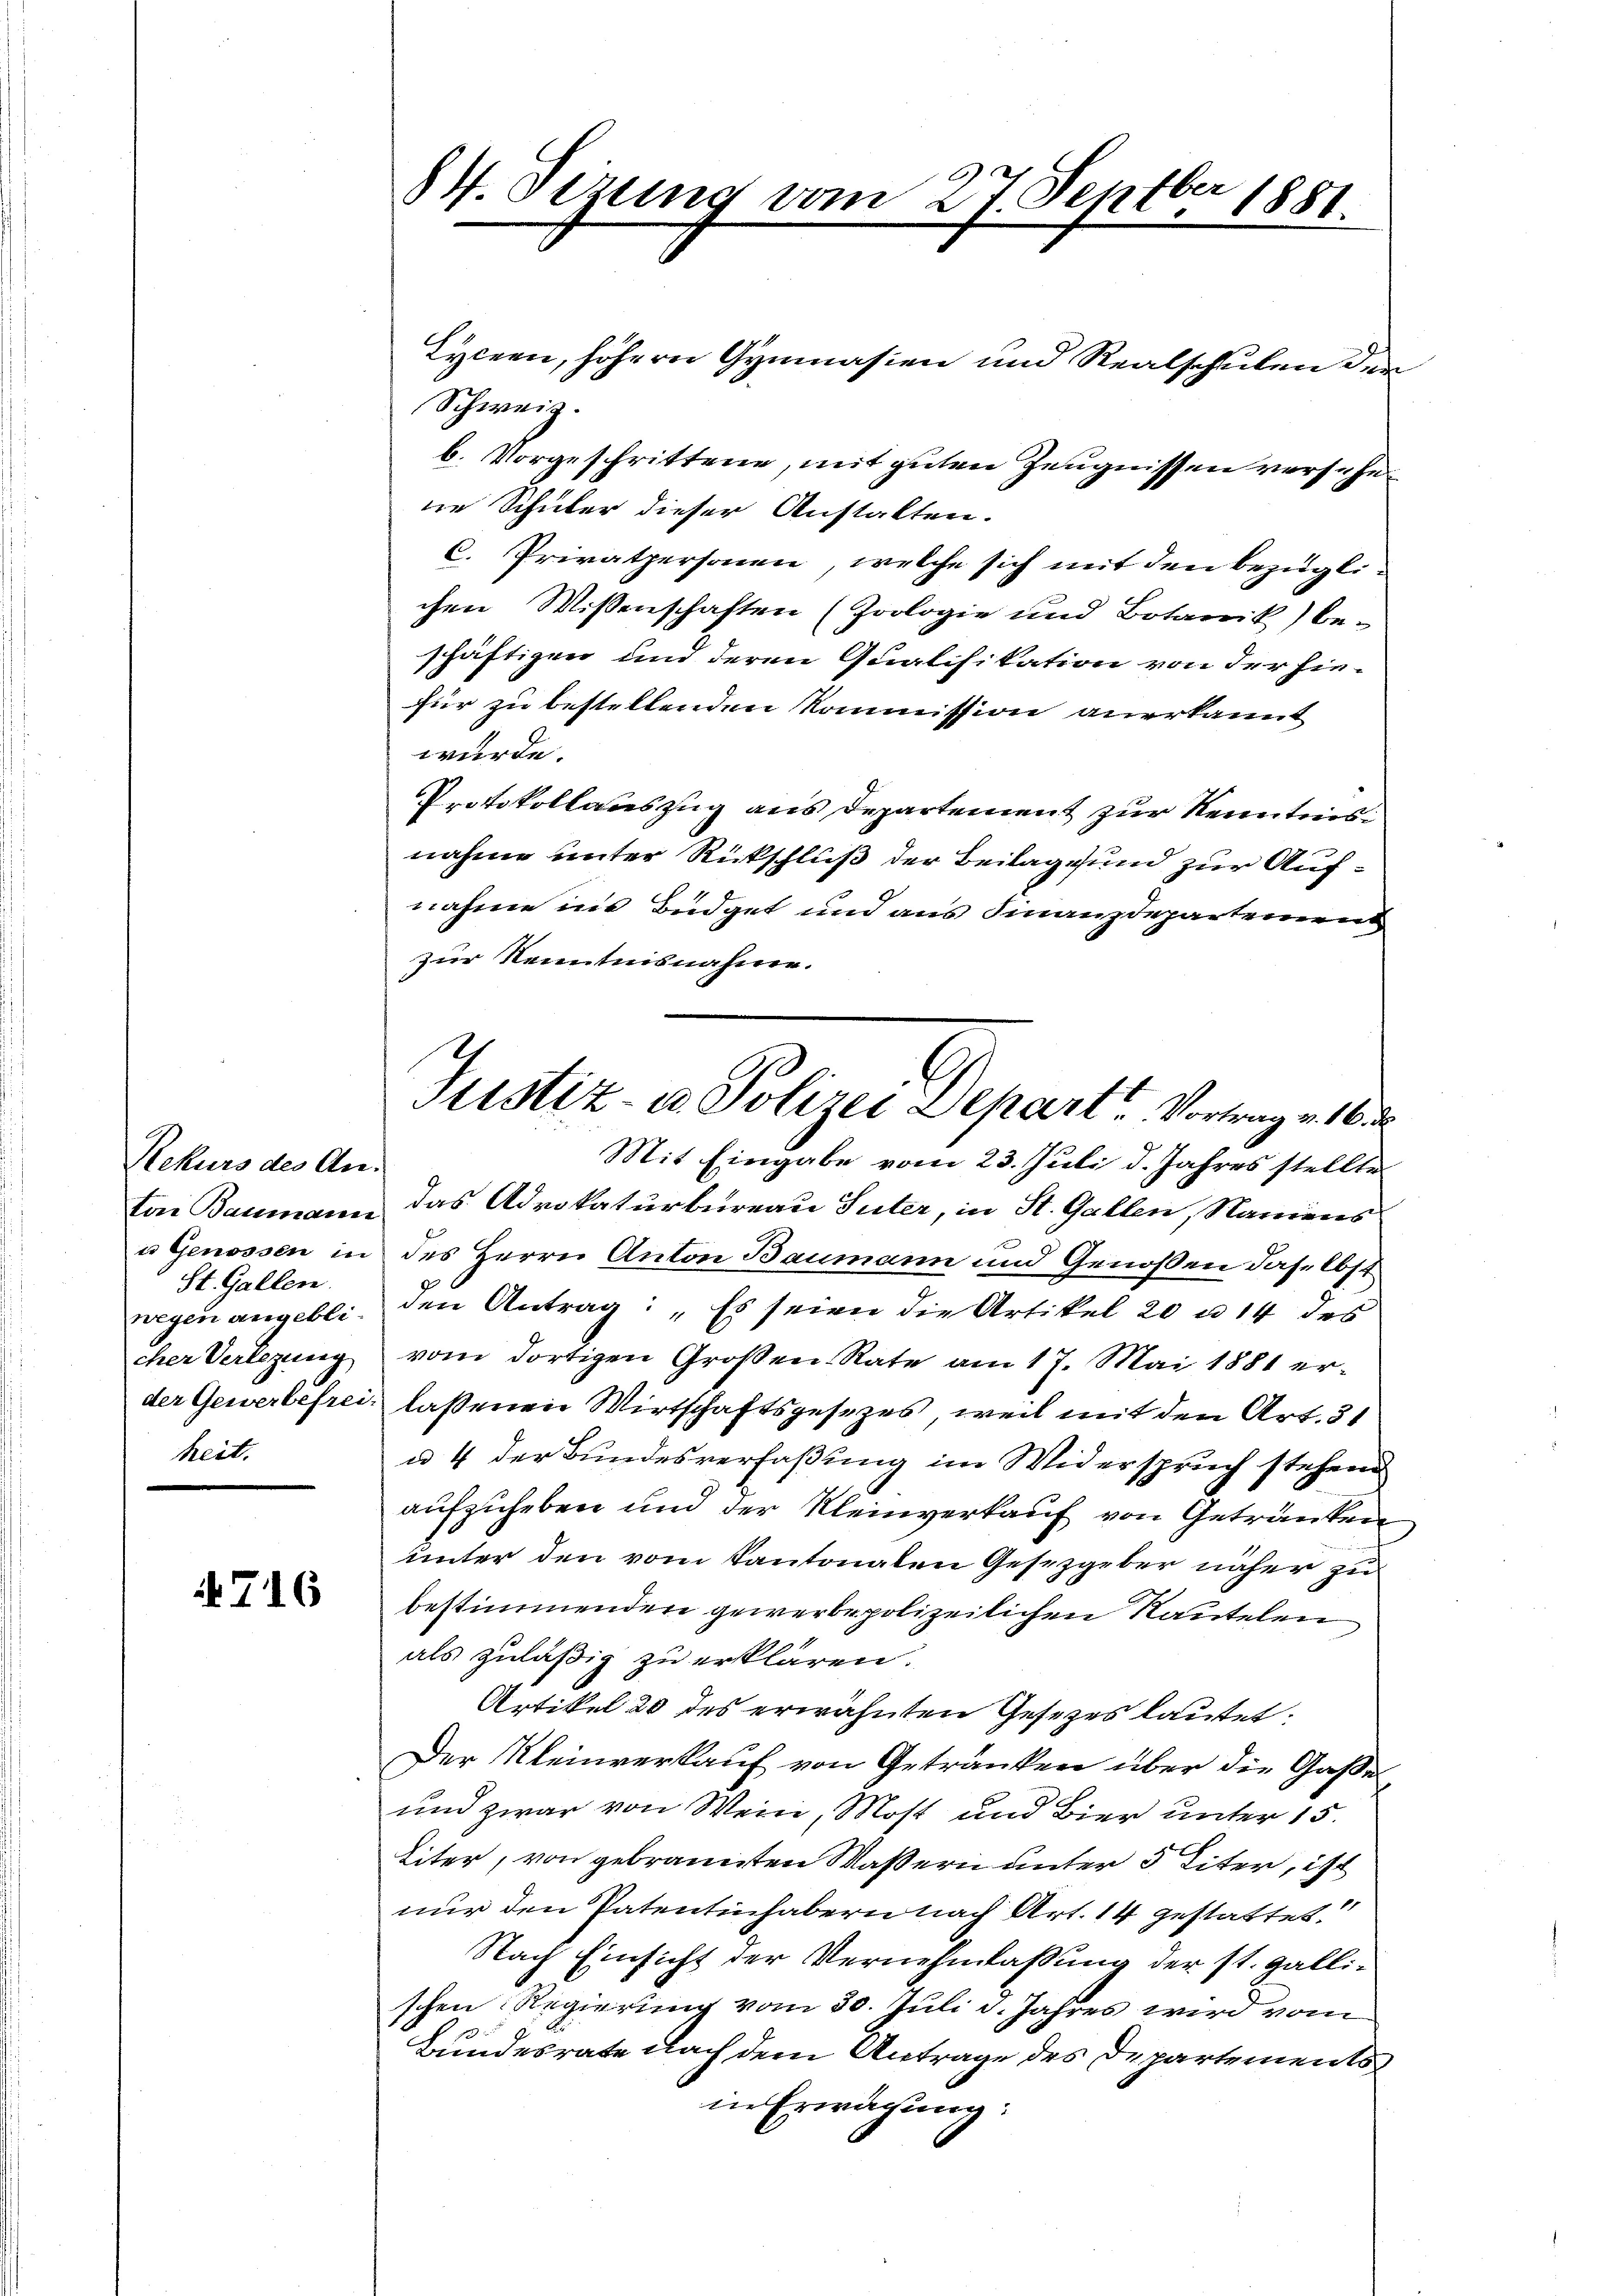
Rekurs des An¬
St. Gallen.
cher Verlegung
heit.

716

84. Sizung vom 27. Septber 1881

Tyceen, höhern Gymnasien und Realschulen der
Schweiz.
b. Vorgeschrittene, mit guten Zeugnissen versehe
ne Schüler dieser Anstalten.
C. Privatpersonen, welche sich mit den bezüglichen Wissenschaften (Poologie und Botanik) be-
schäftigen und deren Qualifikation von der hin-
für zu bestellenden Kommission anerkannt
würde.
Protokollauszug aus Departement zur Kenntnis
nahme unter Rückschluß der Beilage und zur Aufnahme in Büdget und aus Finanzdepartemend
zur Kenntnisnahme.
Mit Eingabe vom 23. Juli d. Jahres stellte
u Genossen in des Herrn Anton Baumann und Genoßen daselbst
wegen angebli, den Antrag: „Es seien die Artikel 20 u. 14 des
vom dortigen Großen Rate am 17. Mai 1881 er-
der Gewerbefrei lassenen Wirtschaftsgesezes, weil mit den Art. 31
a 4 der Bundesverfaßung im Widerspruch stehend
aufzuheben und der Kleinverkauf von Getränken
unter den vom Kantonalen Gesetzgeber näher zu
bestimmenden gewerbe polizeilichen Rautelen
als zuläßig zu erklären.
Artikel 20 des erwähnten Gesetzes lautet:
Der Kleinverkauf von Getränken über die Gaße
und zwar von Wein, Most und Bier unter 15.
Liter, von gebrannten Waßern unter 3 Eiter, ist
nur den Patentinhabern nach Art. 14 gestattet.
Nach Einsicht der Vernehmlassung der st. gallischen Regierung vom 30. Juli d. Jahres wird vom
Bundesrate nach dem Antrage des Departements
in Erwägung:

Justiz- u. Polizei Depart. Vortrag v. 16. d.

tar Baumann das Advokaturbureau Suter, in St. Gallen, Namens